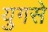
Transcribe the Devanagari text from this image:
युगसे